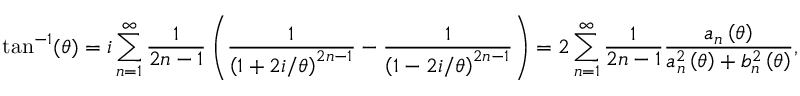
\tan ^ { - 1 } ( \theta ) = i \sum _ { n = 1 } ^ { \infty } { \frac { 1 } { 2 n - 1 } } \left( { \frac { 1 } { \left( 1 + 2 i / \theta \right) ^ { 2 n - 1 } } } - { \frac { 1 } { \left( 1 - 2 i / \theta \right) ^ { 2 n - 1 } } } \right) = 2 \sum _ { n = 1 } ^ { \infty } { { \frac { 1 } { 2 n - 1 } } { \frac { a _ { n } \left( \theta \right) } { a _ { n } ^ { 2 } \left( \theta \right) + b _ { n } ^ { 2 } \left( \theta \right) } } } ,